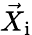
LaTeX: \vec{X}_{\mathrm{i}}